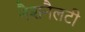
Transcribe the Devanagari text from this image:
नैशनैलटी